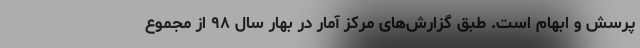
پرسش و ابهام است. طبق گزارش‌های مرکز آمار در بهار سال ۹۸ از مجموع